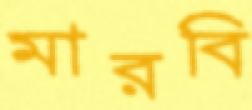
মারবি